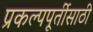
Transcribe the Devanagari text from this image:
प्रकल्पपूर्तीसाठी